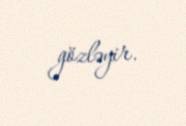
gözləyir.